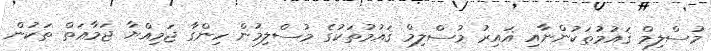
މުސްލިމް ޤައުމުތަކުންނާއި ޣައިރު މުސްލިމް ޤައުމުތަކުގެ މުސްލިމުން ހިންގާ ޖަމިއްޔާ ޖަމާޢަތް ތަކުން